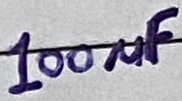
Text: 100µF